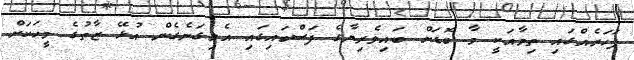
ފަހަރެއްގައި ތިމާއަކީ މާ ބޮޑަށް ބައިވެރިޔާގެ ފަސްބައިގައި އެލިގަނެގެން އުޅޭ ޒާތުގެ މީހަކަށް